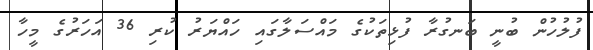
ފުލުހުން ބުނީ ބަނގުރާ ފުޅިތަކުގެ މައްސަލާގައި ހައްޔަރު ކުރި 36 އަހަރުގެ މީހާ